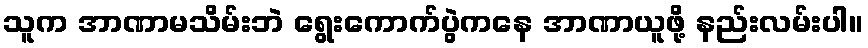
သူက အာဏာမသိမ်းဘဲ ရွေးကောက်ပွဲကနေ အာဏာယူဖို့ နည်းလမ်းပါ။